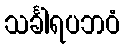
သင်္ခါရပဘဝံ